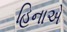
હિનાએ